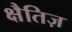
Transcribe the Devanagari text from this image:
क्षैतिज़